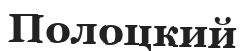
Полоцкий